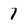
Character: 7